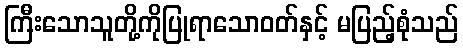
ကြီးသောသူတို့ကိုပြုရာသောဝတ်နှင့် မပြည့်စုံသည်